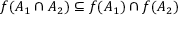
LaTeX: f ( A _ { 1 } \cap A _ { 2 } ) \subseteq f ( A _ { 1 } ) \cap f ( A _ { 2 } )